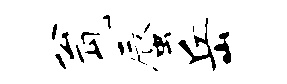
瓮蜃岳